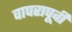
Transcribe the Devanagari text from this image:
वापरापूर्वी